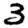
Digit: 3